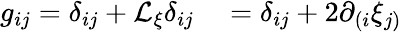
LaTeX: \begin{array}{rl}{g_{ij}=\delta_{ij}+\mathcal{L}_{\xi}\delta_{ij}}&{{}=\delta_{ij}+2\partial_{(i}\xi_{j)}}\end{array}